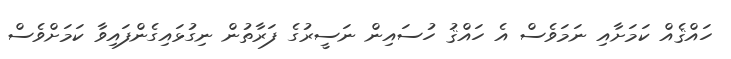
ހައްޤެއް ކަމަށާއި ނަމަވެސް އެ ހައްޤު ހުސައިން ނަސީރުގެ ފަރާތުން ނިގުޅައިގެންފައިވާ ކަމަށްވެސް